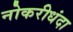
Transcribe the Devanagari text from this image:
नोकरीधंदा